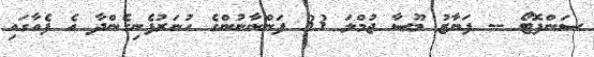
ސަންފޮޓޯ -- ފަޔާޒު މޫސާ ޖުމްލަ 33 ފަންނާނުންގެ ހުނަރުފެނިގެންދާ އެ ފެއާގައި